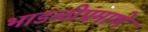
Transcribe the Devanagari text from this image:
भाडळीप्रमाणे